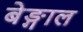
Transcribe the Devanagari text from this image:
बेङ्गाल